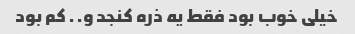
خیلی خوب بود فقط یه ذره کنجد و.. کم بود